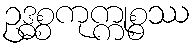
ဥဒ္ဓစ္စကုက္ကုစ္စဿ